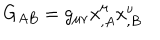
G _ { A B } = g _ { \mu \nu } x _ { , A } ^ { \mu } x _ { , B } ^ { \nu }